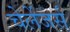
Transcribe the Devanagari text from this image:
चेलेंजर्स